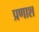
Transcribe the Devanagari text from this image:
प्रणाश